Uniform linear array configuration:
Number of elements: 8
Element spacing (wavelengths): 0.25
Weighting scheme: kaiser
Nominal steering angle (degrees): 30
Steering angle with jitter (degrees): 28.73
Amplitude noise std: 0.05
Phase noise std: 0.05

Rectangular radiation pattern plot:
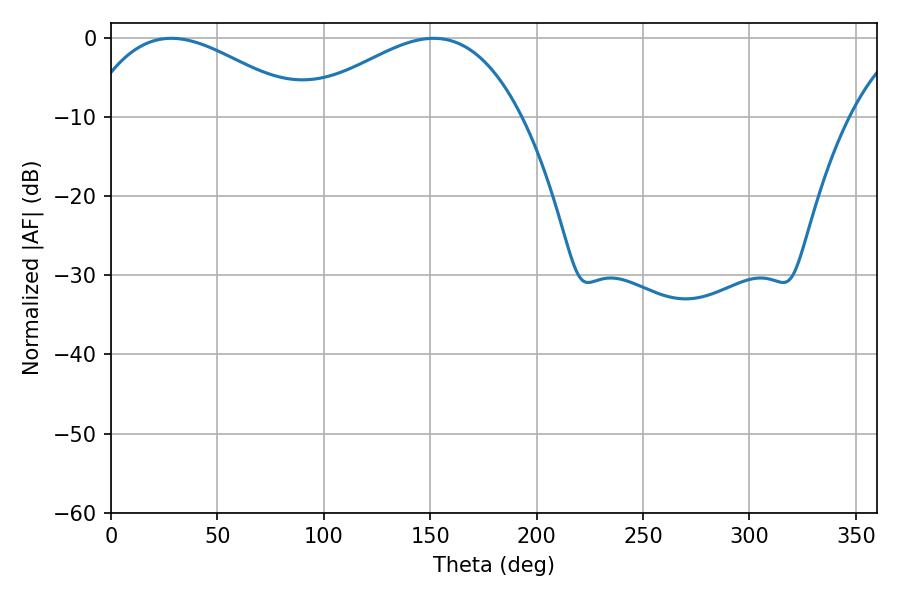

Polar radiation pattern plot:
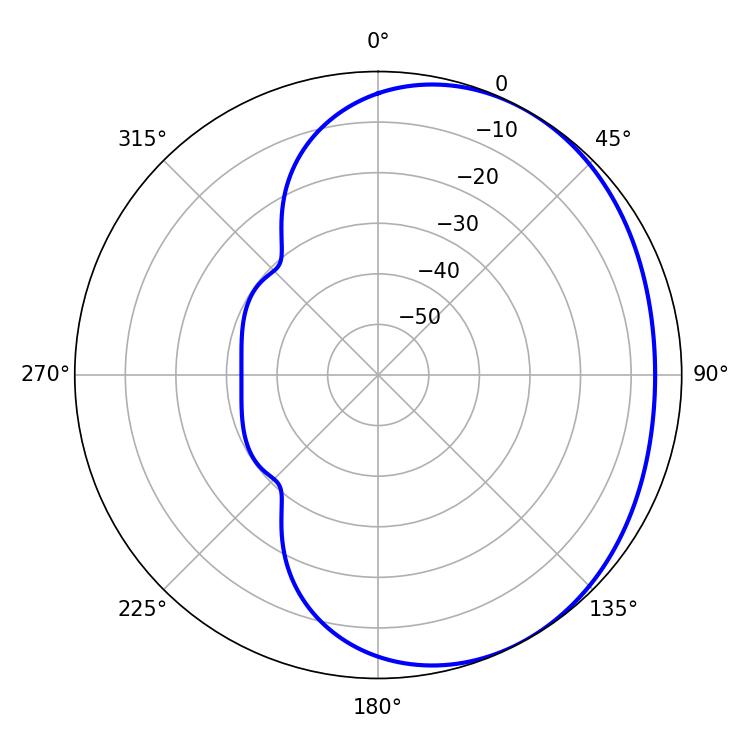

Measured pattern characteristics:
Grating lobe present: FALSE
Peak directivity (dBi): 2.431
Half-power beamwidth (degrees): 56.52
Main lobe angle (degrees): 28.44